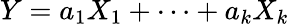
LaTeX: Y=a_{1}X_{1}+\cdots+a_{k}X_{k}